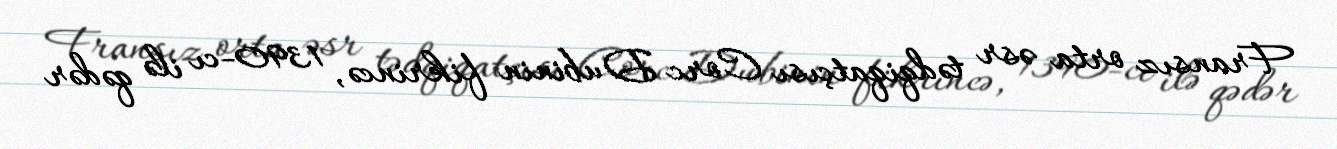
Fransız orta əsr tədqiqatçısı Corc Dubinin fikrincə, 1390-cı ilə qədər